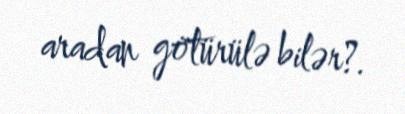
aradan götürülə bilər?.